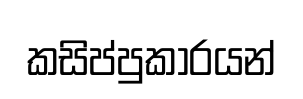
කසිප්පුකාරයන්